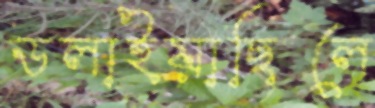
ডলাইয়াছিলে